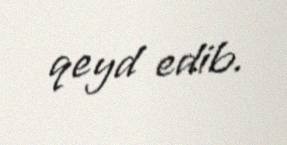
qeyd edib.